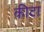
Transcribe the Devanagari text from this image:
कीटा